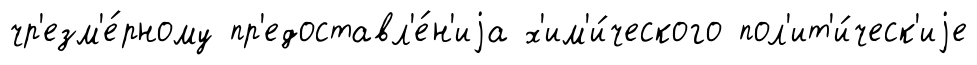
чр'езм'е́рному пр'едоставл'е́н'иjа х'им'и́ческого пол'ит'и́ческ'иjе